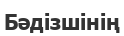
Бәдізшінің